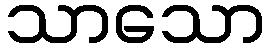
သာသော